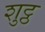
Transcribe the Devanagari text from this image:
शुट्ठ